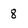
Character: 8